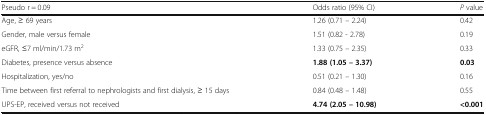
| Pseudo r = 0.09 | Odds ratio (95% CI) | P value |
 | --- | --- | --- |
 | Age, ≥ 69 years | 1.26 (0.71 – 2.24) | 0.42 |
 | Gender, male versus female | 1.51 (0.82 - 2.78) | 0.19 |
 | eGFR, ≤7 ml/min/1.73 m2 | 1.33 (0.75 – 2.35) | 0.33 |
 | Diabetes, presence versus absence | 1.88 (1.05 – 3.37) | 0.03 |
 | Hospitalization, yes/no | 0.51 (0.21 – 1.30) | 0.16 |
 | Time between first referral to nephrologists and first dialysis, ≥ 15 days | 0.84 (0.48 – 1.48) | 0.55 |
 | UPS-EP, received versus not received | 4.74 (2.05 – 10.98) | <0.001 |